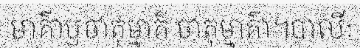
មាគ៌ាឫចាតុម្មាគ៌ ចាតុម្មាគ៌ា។បាលីៈ